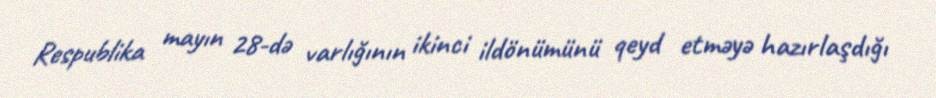
Respublika mayın 28-də varlığının ikinci ildönümünü qeyd etməyə hazırlaşdığı